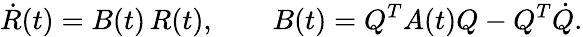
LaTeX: \dot{R}(t)=B(t)\, R(t),\qquad B(t)=Q^{T}A(t)Q-Q^{T}\dot{Q}.